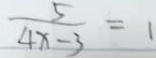
\frac { 5 } { 4 x - 3 } = 1